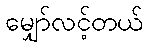
မျှော်လင့်တယ်